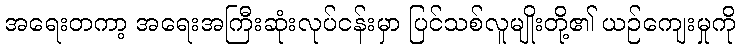
အရေးတကာ့ အရေးအကြီးဆုံးလုပ်ငန်းမှာ ပြင်သစ်လူမျိုးတို့၏ ယဉ်ကျေးမှုကို